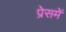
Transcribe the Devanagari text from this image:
प्रेसमें